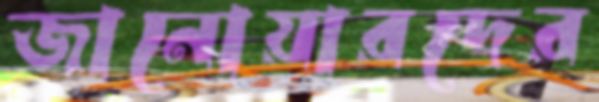
জানোয়ারদের